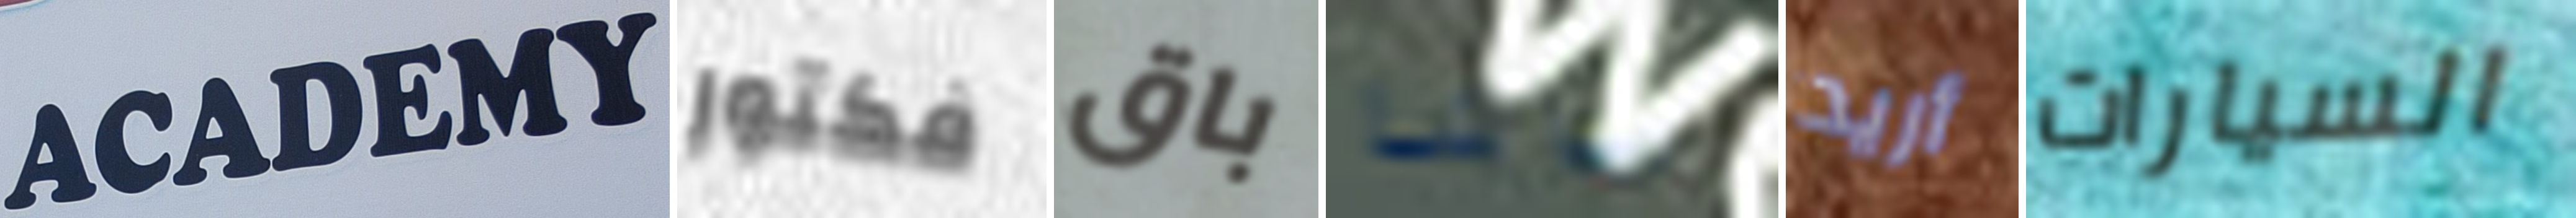
ACADEMY فكتور باق ساشا أريد السيارات